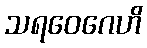
သရဝေဂေဟိ